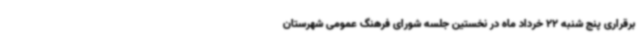
برقراری پنج شنبه 22 خرداد ماه در نخستین جلسه شورای فرهنگ عمومی شهرستان